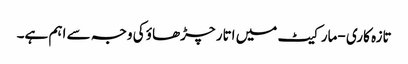
تازہ کاری -مارکیٹ میں اتار چڑھاؤ کی وجہ سے اہم ہے۔